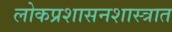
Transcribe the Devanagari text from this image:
लोकप्रशासनशास्त्रात